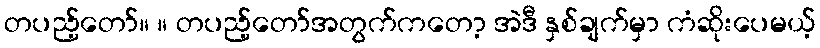
တပည့်တော်။ ။ တပည့်တော်အတွက်ကတော့ အဲဒီ နှစ်ချက်မှာ ကံဆိုးပေမယ့်